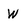
Character: W